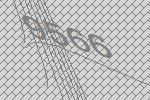
9566